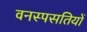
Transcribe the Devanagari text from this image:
वनस्पसतियों